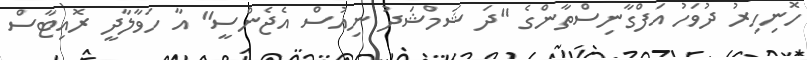
ހޮނިހިރު ދުވަހު އަފްގާނިސްތާންގެ "ދަ ޝަމްޝަދު ނިއުސް އެޖެންސީ" އާ ހަވާލާދީ ރޮއިޓާސް